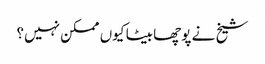
شیخ نے پوچھا بیٹا کیوں ممکن نہیں؟